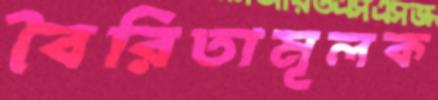
বৈরিতামূলক